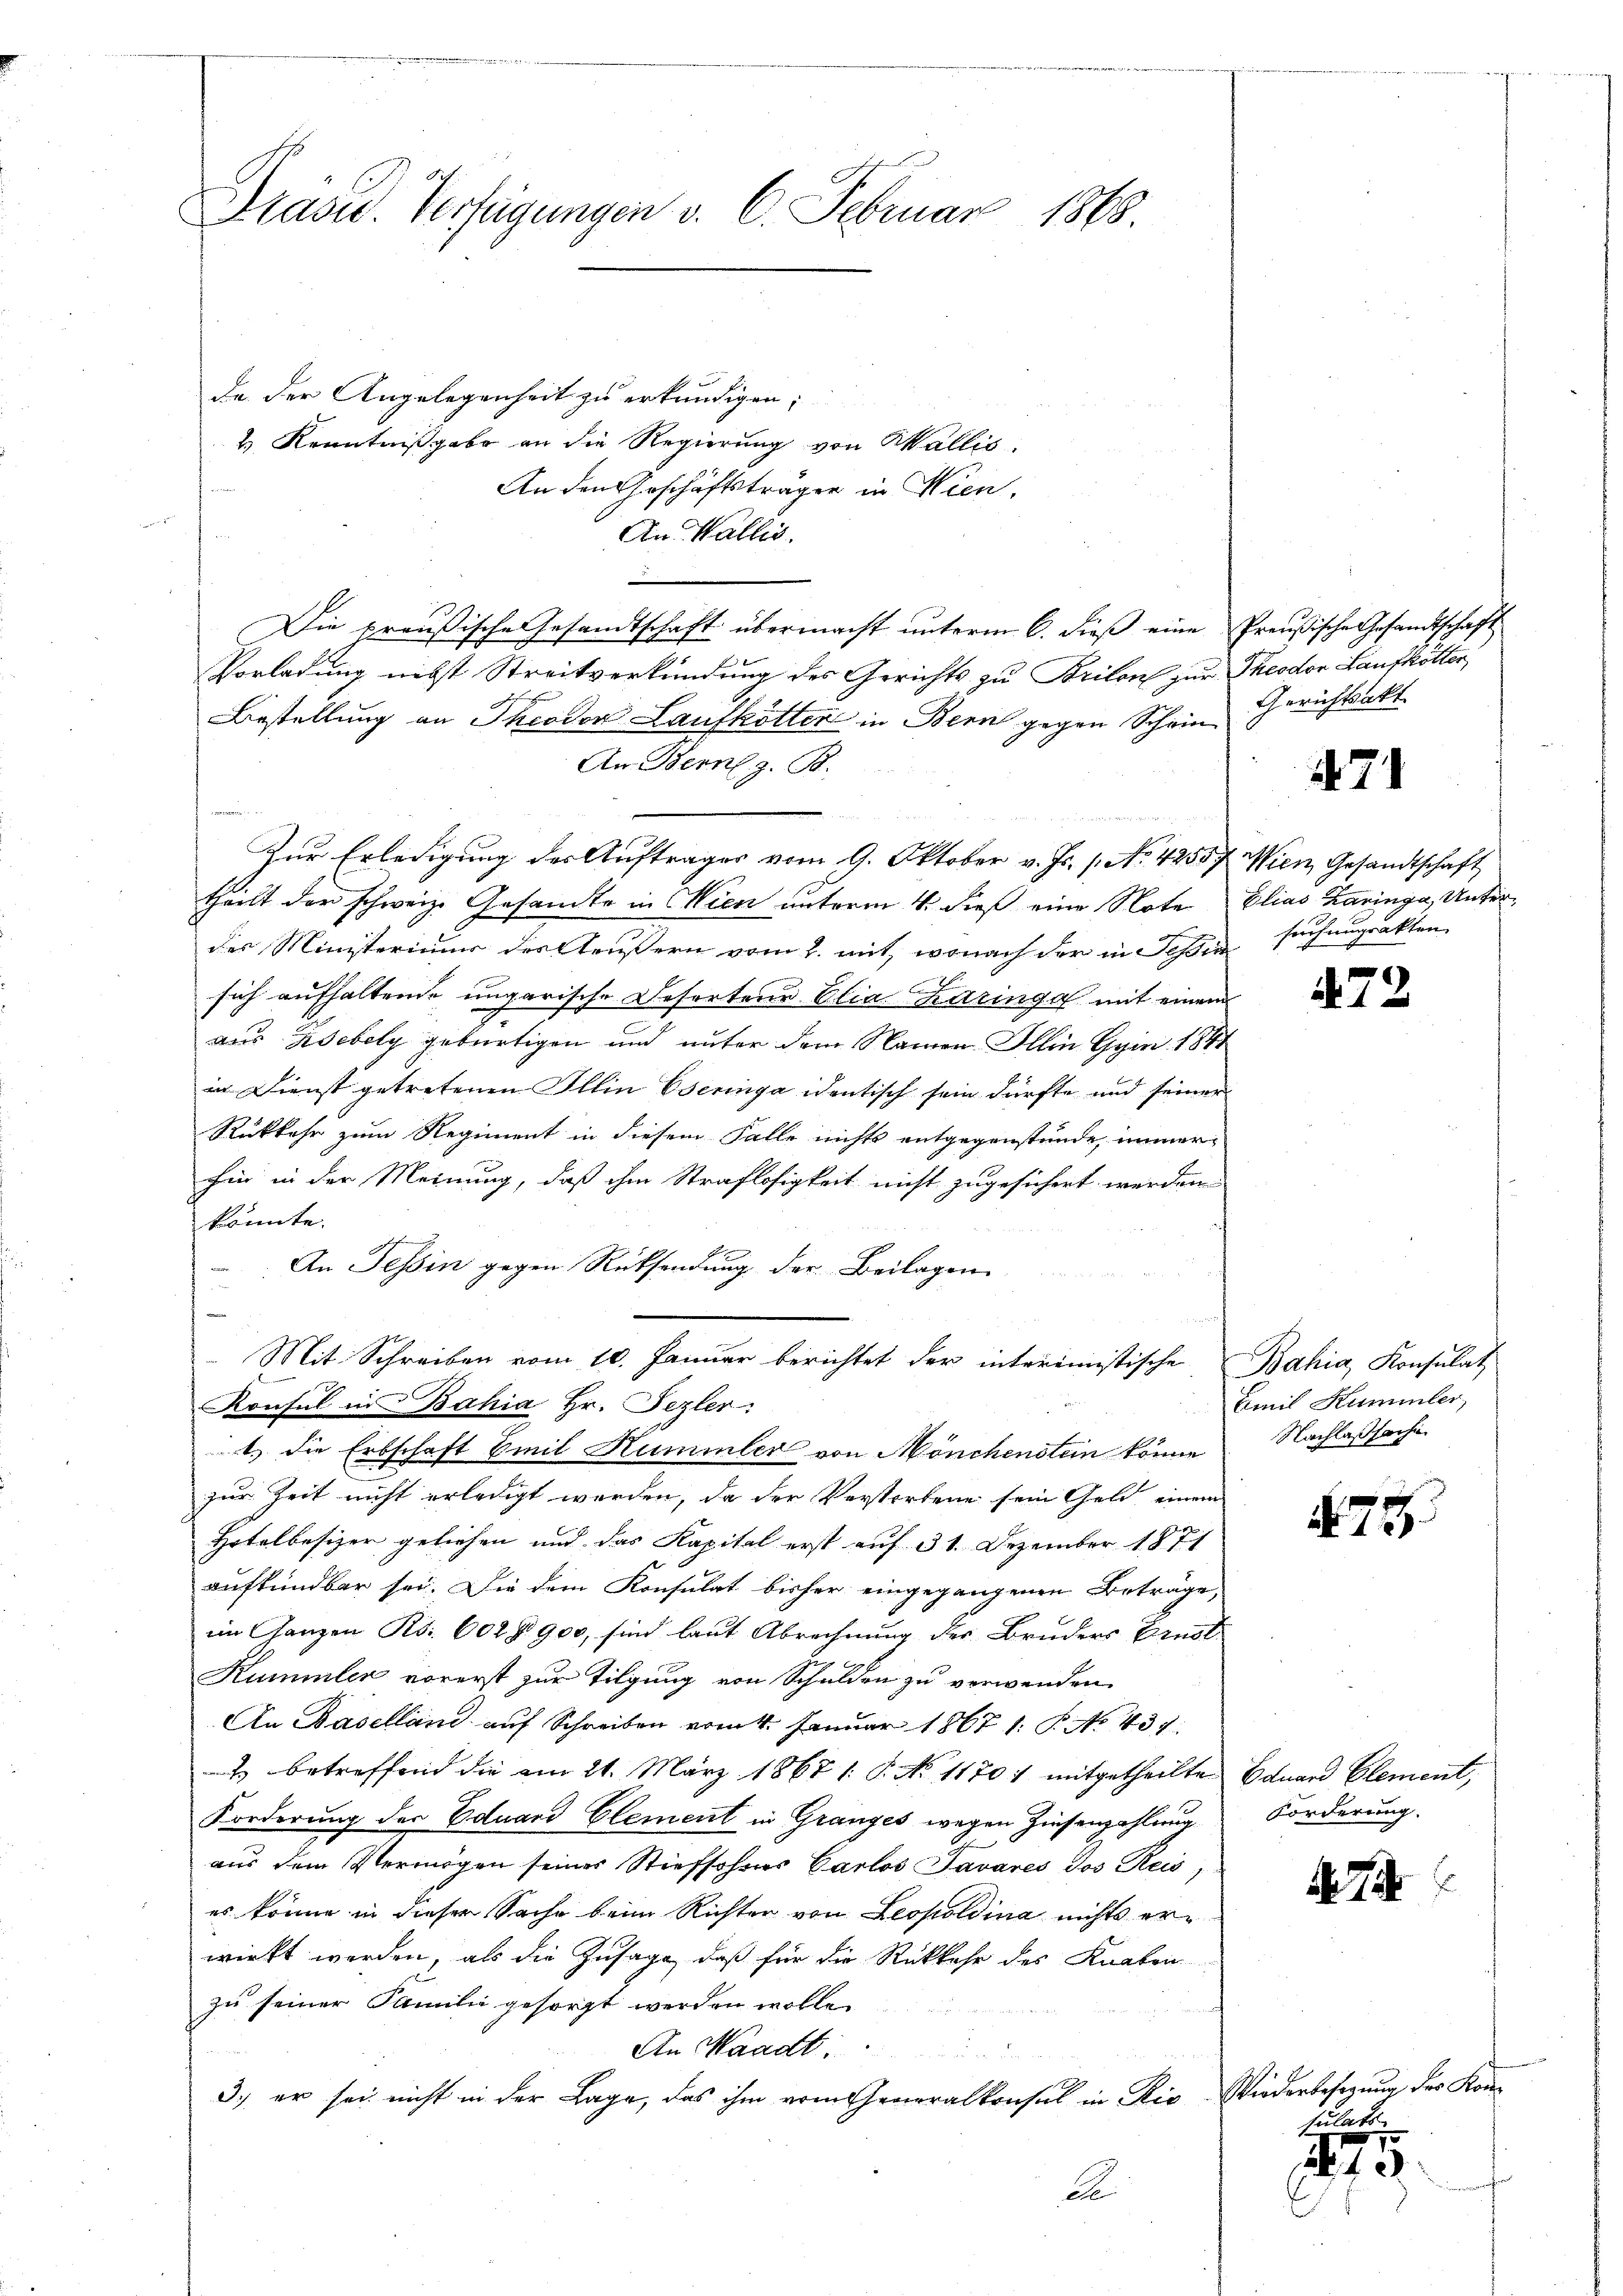
Präsid. Verfügungen v. 6. Februar 1868.

da der Angelegenheit zu erkundigen;
& Kenntnißgabe an die Regierung von Wallis.
An den Geschäftsträger in Wien,
An Wallis.
Die preußische Gesandtschaft übermacht unterm 6. dieß eine
Vorladung nicht Streitverkündung des Gerichts zu Brilon zur Theodor Laufkötter,
Bestellung an Theodor Laufkötter in Bern gegen Schein
An Bern z. B.
Zur Erledigung des Auftrages vom 9. Oktober v. Js. 1. No. 4255
theilt der schweiz. Gesandte in Wien unterm 4. dieß eine Note
des Ministeriums des Aeußern vom 2. mit, wonach der in Tessin
sich aufhaltende ungarische Reforten Elia. Karinga mit einem
aus Zdebely gebürtigen und unter dem Namen Illin Gyin 1841
in Dienst getretenen Illin Eseringa identisch sein dürfte und seiner
Rükkehr zum Regiment in diesem Falle nichts entgegenstünde, immer
hin in der Meinung, daß ihm Straflosigkeit nicht zugesichert werden
könnte.
An Tessin gegen Rücksendung der Beilagen
 Mit Schreiben vom 10. Januar berichtet der interimistische
Konsul in Bahia Hr. Pezler.
1.) Die Erbschaft Emil Hummler von Mönchenstein könne
zur Zeit nicht erledigt werden, da der Verstorbene sein Geld einem
Hotalbesizer geliefen und das Kapital erst auf 31. Dezember 1871
aufkündbar sei. Die dem Konsulat bisher eingegangenen Beträge,
im Ganzen R. 602 § 900, sind laut Abrechnung der Bruders Ernst
Kummler vorerst zur Tilgung von Schulden zu verwenden
An Baselland auf Schreiben vom 4. Januar 1867 1: P. No. 437.
4 betreffend die am 21. März 1867 1: P. No 11701 mitgetheilte
Forderung der Eduard Clement in Granges wegen Zinsenzahlung
aus dem Vermögen seiner Stiefsohnes Carlos Tavares Jos Reis
es könne in dieser Sache beim Richter von Leopoldina nichts erwirkt werden, als die Zusage, daß für die Rückkehr des Knaben
zu seiner Familie gesorgt werden wolle.
An Waadt.
3. er sei nicht in der Lage, das ihm vom Generalkonsul in Ric
A

Preußische Gesandtschaft
Gerichtsakt

71

Wien Gesandtschaft
Elias Karinga, Unter¬
Forchungsakten

.72

Bahia, Konsulat
Emil Kammler,
Nachlaßsache

475.

Eduard Element,
Forderung.

74

Wiederbesezung der Konsulats

f 3